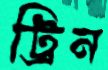
ট্রিন